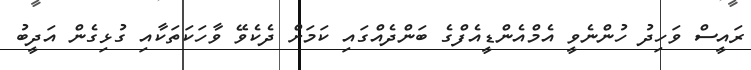
ރައީސް ވަހިދު ހުންނެވީ އެމްއެންޑީއެފްގެ ބަންދެއްގައި ކަމަށް ދެކެވޭ ވާހަކަތަކާއި ގުޅިގެން އަދީބު